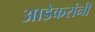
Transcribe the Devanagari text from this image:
आडेकरांनी